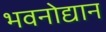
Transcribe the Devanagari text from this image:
भवनोद्यान